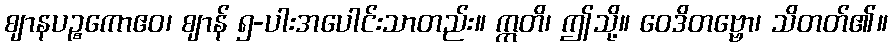
ဈာနပဉ္စကောဧဝ၊ ဈာန် ၅-ပါးအပေါင်းသာတည်း။ ဣတိ၊ ဤသို့။ ဝေဒိတဗ္ဗော၊ သိတတ်၏။